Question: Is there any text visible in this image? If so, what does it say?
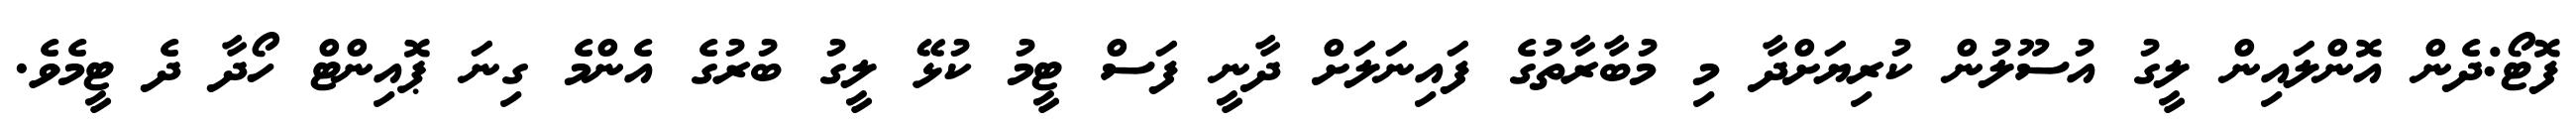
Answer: ފޮޓޯ:ދެން އޮންލައިން ލީގު އުސޫލުން ކުރިޔަށްދާ މި މުބާރާތުގެ ފައިނަލަށް ދާނީ ފަސް ޓީމު ކުޅޭ ލީގު ބުރުގެ އެންމެ ގިނަ ޕޮއިންޓް ހޯދާ ދެ ޓީމެވެ.